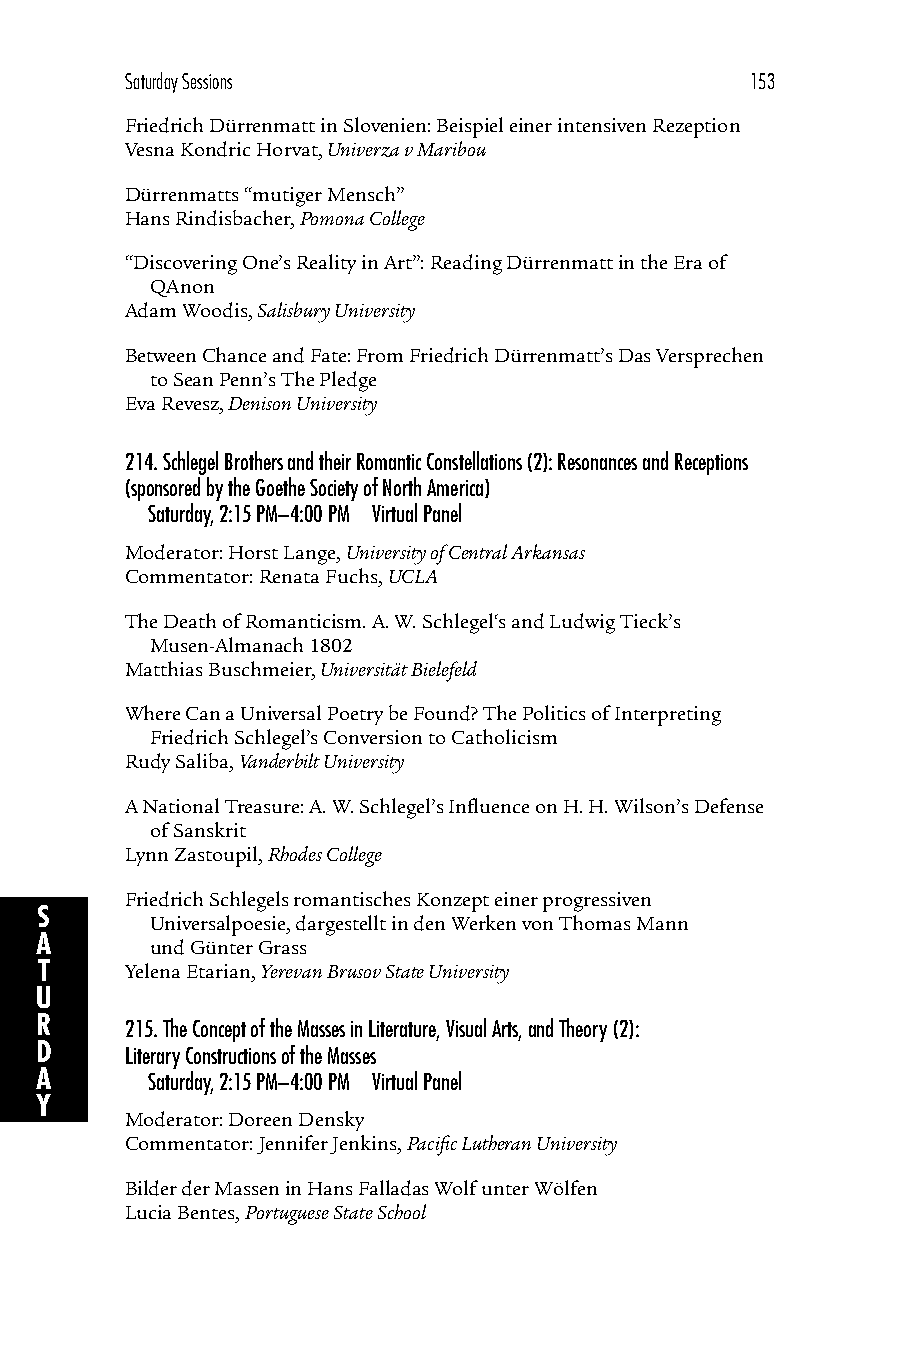
Saturday Sessions                         153
 Friedrich Dürrenmatt in Slovenien: Beispiel einer intensiven Rezeption
 Vesna Kondric Horvat, Univerza v Maribou
 Dürrenmatts “mutiger Mensch”
 Hans Rindisbacher, Pomona College
 “Discovering One’s Reality in Art”: Reading Dürrenmatt in the Era of
 QAnon
 Adam Woodis, Salisbury University
 Between Chance and Fate: From Friedrich Dürrenmatt’s Das Versprechen
 to Sean Penn’s The Pledge
 Eva Revesz, Denison University
 214.Schlegel Brothers and their Romantic Constellations (2): Resonances and Receptions
 (sponsored by the Goethe Society of North America)
 Saturday, 2:15 PM–4:00 PM Virtual Panel
 Moderator: Horst Lange, University of Central Arkansas
 Commentator: Renata Fuchs, UCLA
 The Death of Romanticism. A. W. Schlegel‘s and Ludwig Tieck’s
 Musen-Almanach 1802
 Matthias Buschmeier, Universität Bielefeld
 Where Can a Universal Poetry be Found? The Politics of Interpreting
 Friedrich Schlegel’s Conversion to Catholicism
 Rudy Saliba, Vanderbilt University
 A National Treasure: A. W. Schlegel’s Influence on H. H. Wilson’s Defense
 of Sanskrit
 Lynn Zastoupil, Rhodes College
 Friedrich Schlegels romantisches Konzept einer progressiven
 S
 Universalpoesie, dargestellt in den Werken von Thomas Mann
 A       und Günter Grass
 T     Yelena Etarian, Yerevan Brusov State University
 U
 R     215.The Concept of the Masses in Literature, Visual Arts, and Theory (2):
 D     Literary Constructions of the Masses
 A       Saturday, 2:15 PM–4:00 PM Virtual Panel
 Y
 Moderator: Doreen Densky
 Commentator: Jennifer Jenkins, Pacific Lutheran University
 Bilder der Massen in Hans Falladas Wolf unter Wölfen
 Lucia Bentes, Portuguese State School